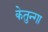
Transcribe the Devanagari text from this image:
केतुन्गा